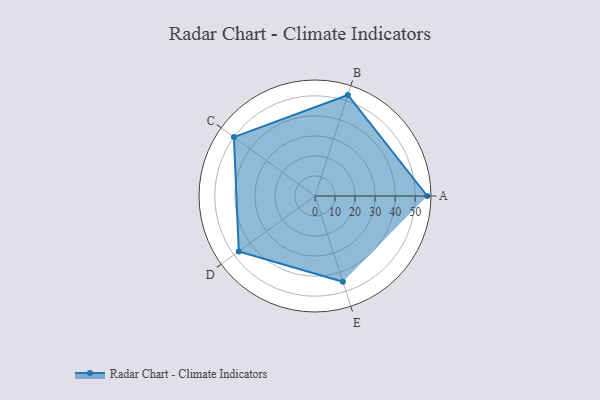
{"axis": {"x": "Skill", "y": "Score"}, "legend": ["Profile"], "data": [{"x": "A", "y": 56.0, "type": "Profile"}, {"x": "B", "y": 53.0, "type": "Profile"}, {"x": "C", "y": 50.0, "type": "Profile"}, {"x": "D", "y": 47.0, "type": "Profile"}, {"x": "E", "y": 45.0, "type": "Profile"}]}